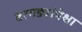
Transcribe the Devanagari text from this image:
बरगड्यांपेक्षा